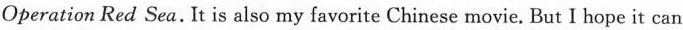
Operation Red Sea. It is also my favorite Chinese movie. But I hope it can